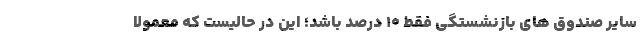
سایر صندوق های بازنشستگی فقط ۱۰ درصد باشد؛ این در حالیست که معمولا